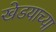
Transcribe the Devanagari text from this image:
खेडयाच्या